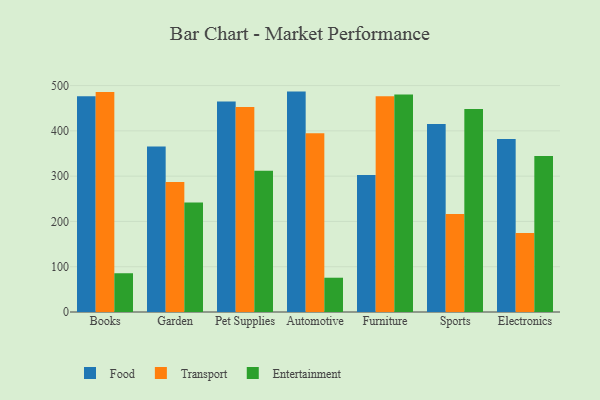
{"axis": {"x": "Category", "y": "Bounce Rate (%)"}, "legend": ["Entertainment", "Food", "Transport"], "data": [{"x": "Books", "y": 476.5, "type": "Food"}, {"x": "Books", "y": 485.8, "type": "Transport"}, {"x": "Books", "y": 85.6, "type": "Entertainment"}, {"x": "Garden", "y": 365.3, "type": "Food"}, {"x": "Garden", "y": 286.8, "type": "Transport"}, {"x": "Garden", "y": 241.9, "type": "Entertainment"}, {"x": "Pet Supplies", "y": 464.8, "type": "Food"}, {"x": "Pet Supplies", "y": 452.9, "type": "Transport"}, {"x": "Pet Supplies", "y": 311.7, "type": "Entertainment"}, {"x": "Automotive", "y": 486.7, "type": "Food"}, {"x": "Automotive", "y": 394.6, "type": "Transport"}, {"x": "Automotive", "y": 75.7, "type": "Entertainment"}, {"x": "Furniture", "y": 302.3, "type": "Food"}, {"x": "Furniture", "y": 476.2, "type": "Transport"}, {"x": "Furniture", "y": 480.5, "type": "Entertainment"}, {"x": "Sports", "y": 414.9, "type": "Food"}, {"x": "Sports", "y": 216.5, "type": "Transport"}, {"x": "Sports", "y": 448.1, "type": "Entertainment"}, {"x": "Electronics", "y": 382.3, "type": "Food"}, {"x": "Electronics", "y": 174.2, "type": "Transport"}, {"x": "Electronics", "y": 344.6, "type": "Entertainment"}]}